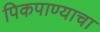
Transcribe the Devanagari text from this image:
पिकपाण्याचा